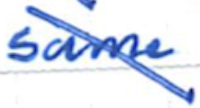
Text: same
Cross-out: diagonal
Writing tool: ballpoint